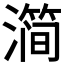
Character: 𰝗